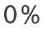
0 %